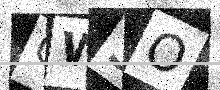
Text: QW3O